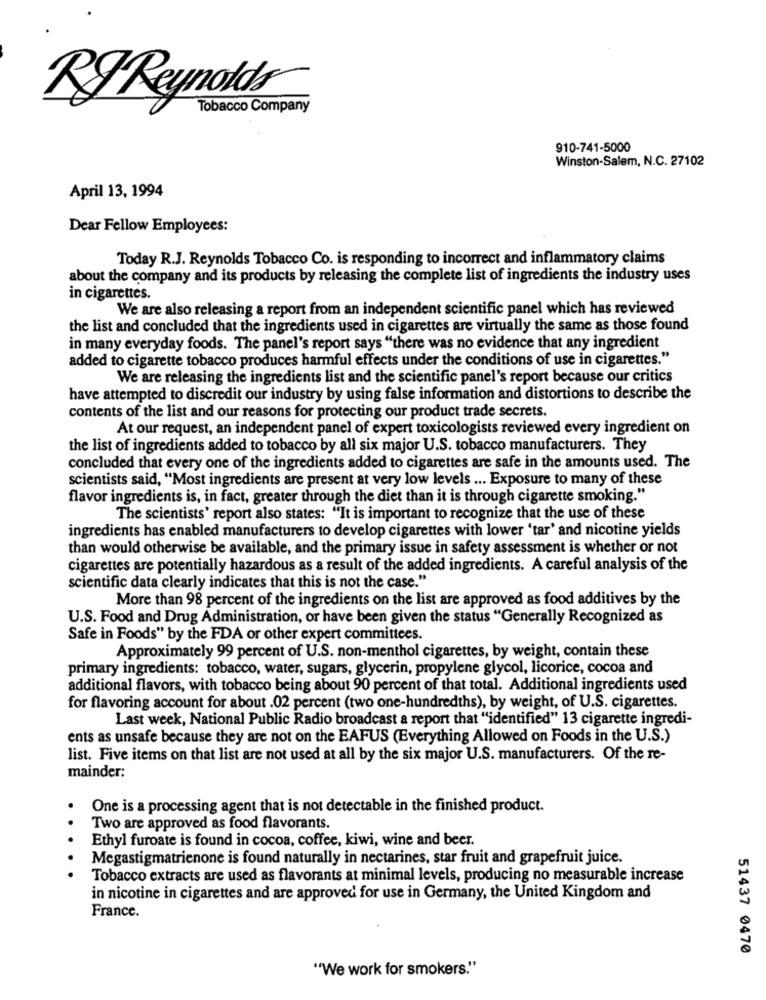
RJ Reynolds
Tobacco Company
910-741-5000
Winston-Salem, N.C. 27102
April 13, 1994
Dear Fellow Employees:
Today R.J. Reynolds Tobacco Co. is responding to incorrect and inflammatory claims
about the company and its products by releasing the complete list of ingredients the industry uses
in cigarettes.
We are also releasing a report from an independent scientific panel which has reviewed
the list and concluded that the ingredients used in cigarettes are virtually the same as those found
in many everyday foods. The panel's report says "there was no evidence that any ingredient
added to cigarette tobacco produces harmful effects under the conditions of use in cigarettes."
We are releasing the ingredients list and the scientific panel's report because our critics
have attempted to discredit our industry by using false information and distortions to describe the
contents of the list and our reasons for protecting our product trade secrets.
At our request, an independent panel of expert toxicologists reviewed every ingredient on
the list of ingredients added to tobacco by all six major U.S. tobacco manufacturers. They
concluded that every one of the ingredients added to cigarettes are safe in the amounts used. The
scientists said, "Most ingredients are present at very low levels ... Exposure to many of these
flavor ingredients is, in fact, greater through the diet than it is through cigarette smoking."
The scientists' report also states: "It is important to recognize that the use of these
ingredients has enabled manufacturers to develop cigarettes with lower 'tar' and nicotine yields
than would otherwise be available, and the primary issue in safety assessment is whether or not
cigarettes are potentially hazardous as a result of the added ingredients. A careful analysis of the
scientific data clearly indicates that this is not the case."
More than 98 percent of the ingredients on the list are approved as food additives by the
U.S. Food and Drug Administration, or have been given the status "Generally Recognized as
Safe in Foods" by the FDA or other expert committees.
Approximately 99 percent of U.S. non-menthol cigarettes, by weight, contain these
primary ingredients: tobacco, water, sugars, glycerin, propylene glycol, licorice, cocoa and
additional flavors, with tobacco being about 90 percent of that total. Additional ingredients used
for flavoring account for about .02 percent (two one-hundredths), by weight, of U.S. cigarettes.
Last week, National Public Radio broadcast a report that "identified" 13 cigarette ingredi-
ents as unsafe because they are not on the EAFUS (Everything Allowed on Foods in the U.S.)
list. Five items on that list are not used at all by the six major U.S. manufacturers. Of the re-
mainder:
One is a processing agent that is not detectable in the finished product.
Two are approved as food flavorants.
..
Ethyl furoate is found in cocoa, coffee, kiwi, wine and beer.
Megastigmatrienone is found naturally in nectarines, star fruit and grapefruit juice.
Tobacco extracts are used as flavorants at minimal levels, producing no measurable increase
in nicotine in cigarettes and are approved for use in Germany, the United Kingdom and
France.
51437 0470
"We work for smokers."